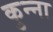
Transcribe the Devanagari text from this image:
कुन्ना